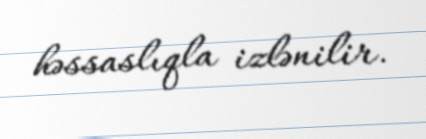
həssaslıqla izlənilir.